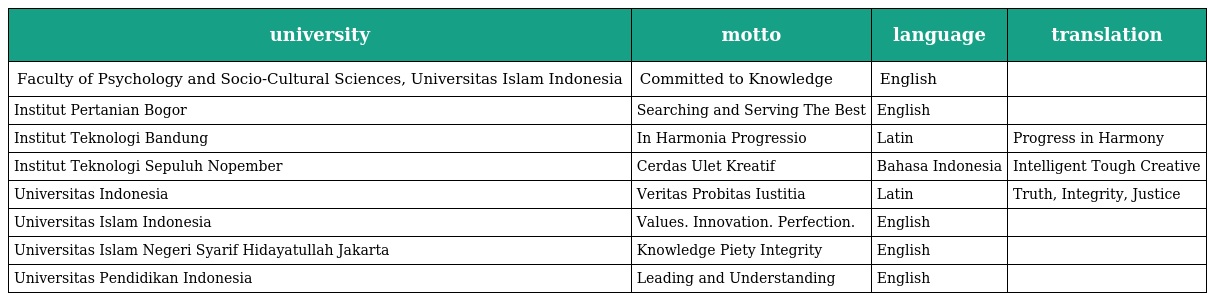
| university | motto | language | translation |
 | --- | --- | --- | --- |
 | Faculty of Psychology and Socio-Cultural Sciences, Universitas Islam Indonesia | Committed to Knowledge | English |  |
 | Institut Pertanian Bogor | Searching and Serving The Best | English |  |
 | Institut Teknologi Bandung | In Harmonia Progressio | Latin | Progress in Harmony |
 | Institut Teknologi Sepuluh Nopember | Cerdas Ulet Kreatif | Bahasa Indonesia | Intelligent Tough Creative |
 | Universitas Indonesia | Veritas Probitas Iustitia | Latin | Truth, Integrity, Justice |
 | Universitas Islam Indonesia | Values. Innovation. Perfection. | English |  |
 | Universitas Islam Negeri Syarif Hidayatullah Jakarta | Knowledge Piety Integrity | English |  |
 | Universitas Pendidikan Indonesia | Leading and Understanding | English |  |